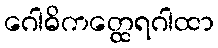
ဂေါဓိကတ္ထေရဂါထာ